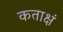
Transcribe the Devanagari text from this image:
कताक्षं